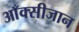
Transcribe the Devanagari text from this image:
आँक्सीजान